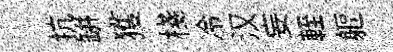
抗缾獲棧冷汉妄輊軀